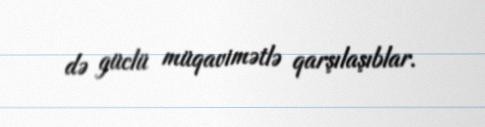
də güclü müqavimətlə qarşılaşıblar.